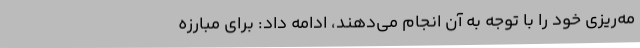
مه‌ریزی خود را با توجه به آن انجام می‌دهند، ادامه داد: برای مبارزه